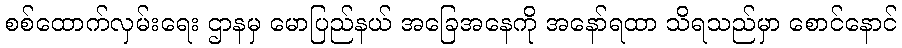
စစ်ထောက်လှမ်းရေး ဌာနမှ မောပြည်နယ် အခြေအနေကို အနော်ရထာ သိရသည်မှာ စောင်နောင်